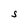
Character: S